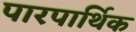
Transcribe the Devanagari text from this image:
पारपार्थिक